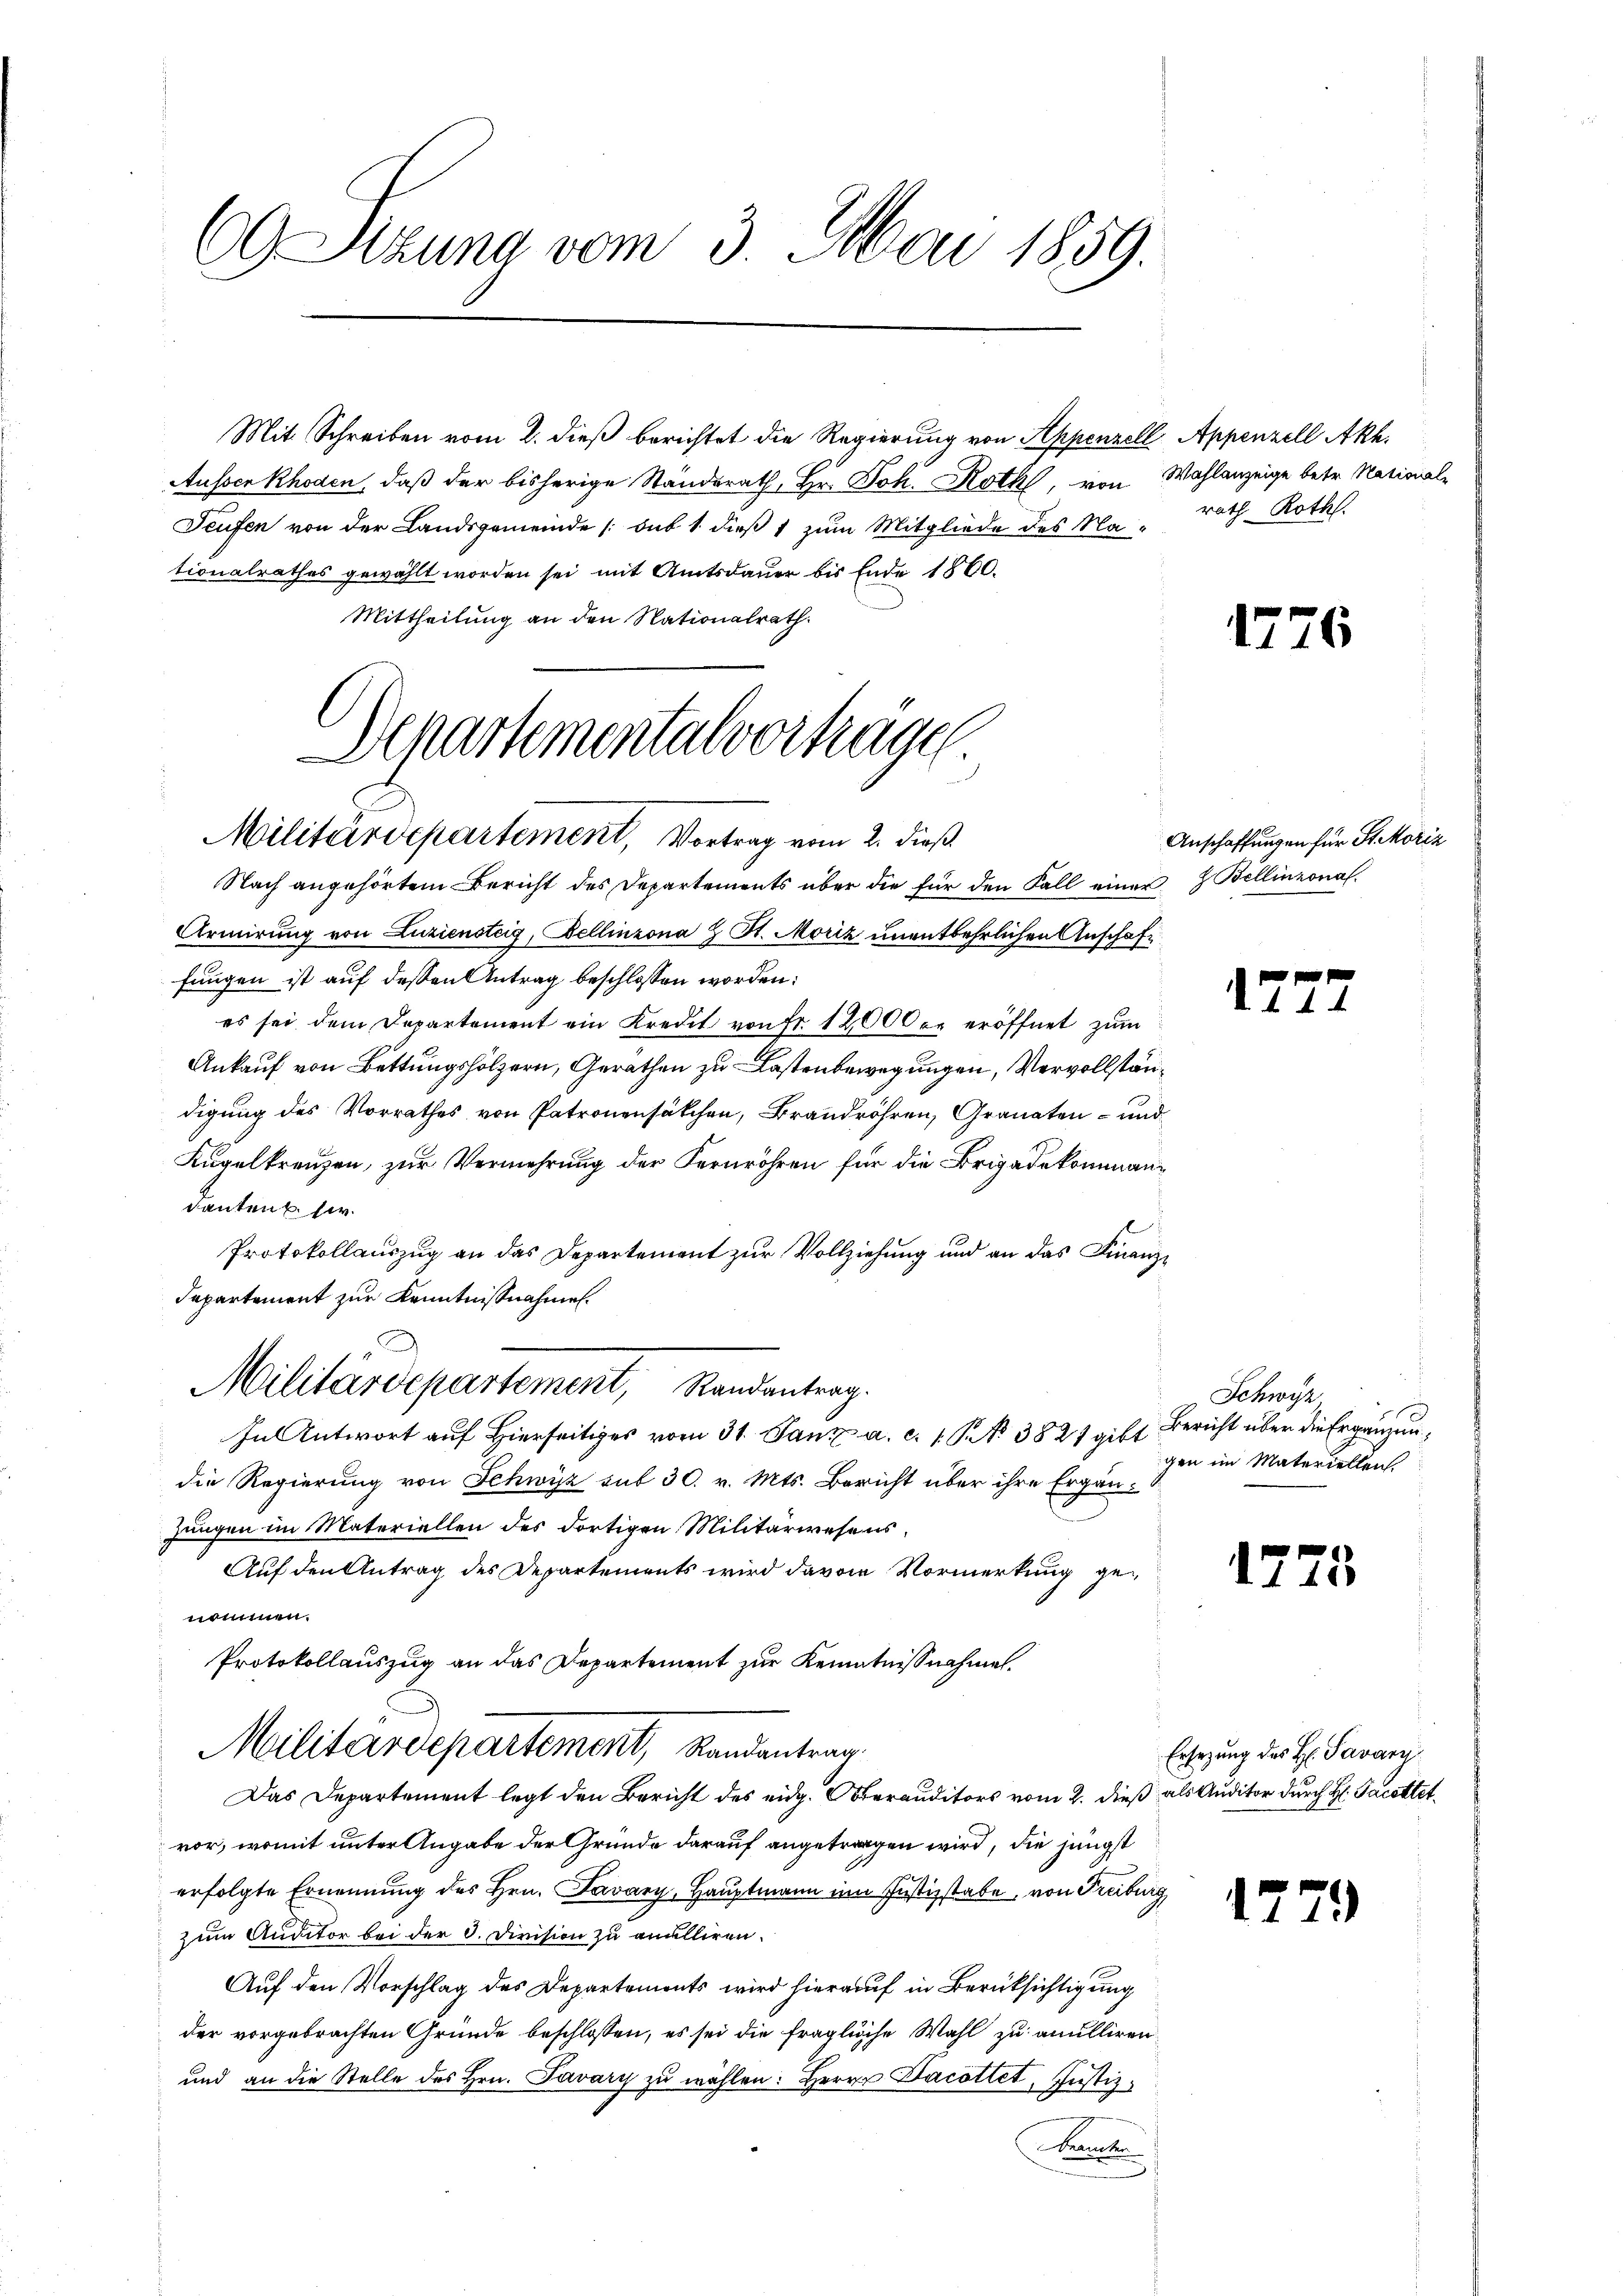
60 Szuna vom 3. Mai 1859.

Mit Schreiben vom 2. dieß berichtet die Regierung von Appenzell Appenzell Akh.
Ausser Rhoden, daß der bisherige Standerath, Hr. Joh. Roth, von Wahlanzeige betr. National-
Teufen von der Landsgemeinde (sub 1 dieß 1 zum Mitgliede des Na- rath Roth.
tionalrathes gewählt worden sei mit Amtsdauer bis Ende 1860.
Mittheilung an den Nationalrath.

Departementalvortrage
Militärdepartement, Vortrag vom 2. dieß.

Militärdepartement, Standentrag.

Nach angehörtem Bericht des Departements über die für den Fall einer & Bellinzonal¬
Armirung von Luziensteig, Bellinzona H. St. Moriz unentbehrlichen Anschaffungen ist auf dessen Antrag beschlossen worden:
es sei dem Departement ein Kredit von fr. 12000 er eröffnet zum
Ankauf von Bettungshölzern, Geräthen zu Lastenbewegungen, Vervollständigung des Vorrathes von Patronensälchen, Brandröhren, Granaten- und
Kugelkreuzen, zur Vermehrung der Fernröhren für die Brigadekommandanten her.
Protokollauszug an das Departement zur Vollziehung und an das Finanzdepartement zur Kenntnißnahmen.
In Antwort auf Hierseitiges vom 31. Janz a. c. 1 S. 3821 gibt Bericht über die Ergänzendie Regierung von Schwyz mit 30. v. Mts. Bericht über ihre Ergänzungen im Materiellen des dortigen Militärwesens,
Auf den Antrag des Departements wird davon Vormerkung genommen.
Protokollauszug an das Departement zur Kenntnißnahme.
Militärdepartement, Randantrag.
Das Departement legt den Bericht des eidg. Oberauditors vom 2. dieß als Auditor durch H: Pacettet
vor, womit unter Angabe der Gründe darauf angetragen wird, die jüngst
erfolgte Ernennung des Hrn. Javary, Hauptmann im Justizstabe, von Freiburg
zum Auditor bei der 3. Division zu anulliren.
Auf den Vorschlag des Departements wird hierauf in Berücksichtigung
der vorgebrachten Gründe beschlossen, es sei die fragliche Wahl zu anulliren,
und an die Stelle des Hrn. Pavary zu wählen: Herrn Jacottet, Justizkannte

l

1276

Anschaffungen für St. Moriz

17

Schwyz
gen im Materiellen

15

17

17

25

Ersezung des H. Pavary

71